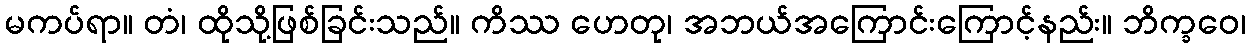
မကပ်ရာ။ တံ၊ ထိုသို့ဖြစ်ခြင်းသည်။ ကိဿ ဟေတု၊ အဘယ်အကြောင်းကြောင့်နည်း။ ဘိက္ခဝေ၊